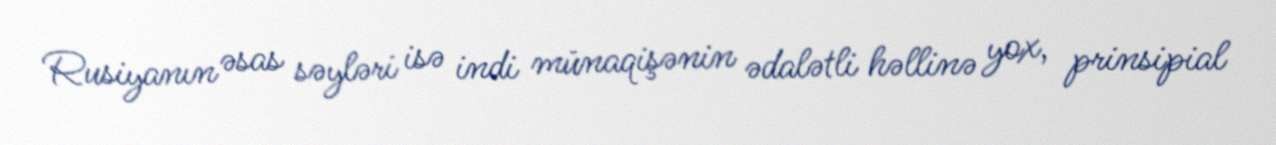
Rusiyanın əsas səyləri isə indi münaqişənin ədalətli həllinə yox, prinsipial